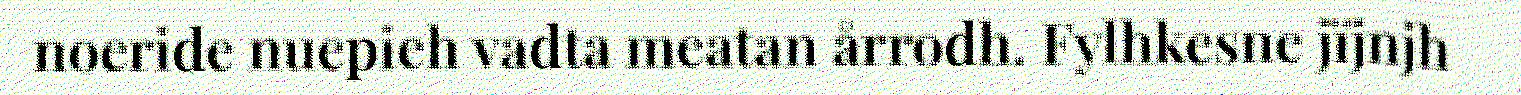
noeride nuepieh vadta meatan årrodh. Fylhkesne jïjnjh